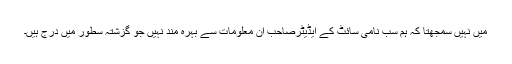
میں نہیں سمجھتا کہ ہم سب نامی سائٹ کے ایڈیٹرصاحب ان معلومات سے بہرہ مند نہیں جو گزشتہ سطور میں درج ہیں۔